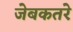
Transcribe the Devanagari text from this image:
जेबकतरे